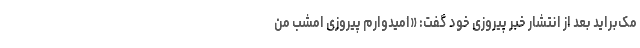
مک‌براید بعد از انتشار خبر پیروزی خود گفت: «امیدوارم پیروزی امشب من